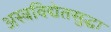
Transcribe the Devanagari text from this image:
अस्त्रविद्येतसुद्धा